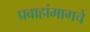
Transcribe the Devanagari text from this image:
प्रवाहांमागचे